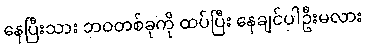
နေပြီးသား ဘဝတစ်ခုကို ထပ်ပြီး နေချင်ပါဦးမလား